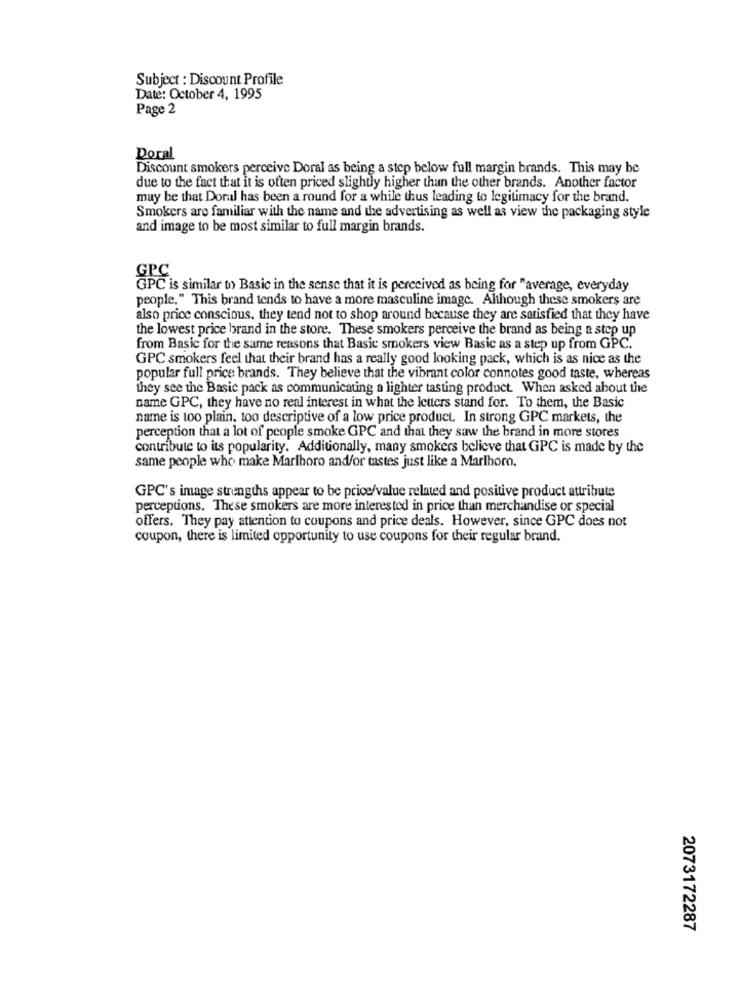
Subject : Discount Profile
Date: October 4, 1995
Page 2
Doral
Discount smokers perceive Doral as being a step below full margin brands. This may be
due to the fact that it is often priced slightly higher than the other brands. Another factor
may be that Doral has been a round for a while thus leading to legitimacy for the brand.
Smokers are familiar with the name and the advertising as well as view the packaging style
and image to be most similar to full margin brands.
GPC
GPC is similar to Basic in the sense that it is perceived as being for "average, everyday
people," This brand tends to have a more masculine image. Although these smokers are
also price conscious, they tend not to shop around because they are satisfied that they have
the lowest price brand in the store. These smokers perceive the brand as being a step up
from Basic for the same reasons that Basic smokers view Basic as a step up from GPC.
GPC smokers feel that their brand has a really good looking pack, which is as nice as the
popular full price brands. They believe that the vibrant color connotes good taste, whereas
they see the Basic pack as communicating a lighter tasting product. When asked about the
name GPC, they have no real interest in what the letters stand for. To them, the Basic
name is too plain, too descriptive of a low price product. In strong GPC markets, the
perception that a lot of people smoke GPC and that they saw the brand in more stores
contribute to its popularity. Additionally, many smokers believe that GPC is made by the
same people who make Marlboro and/or tastes just like a Marlboro.
GPC's image strengths appear to be price/value related and positive product attribute
perceptions. These smokers are more interested in price than merchandise or special
offers. They pay attention to coupons and price deals. However, since GPC does not
coupon, there is limited opportunity to use coupons for their regular brand.
2073172287